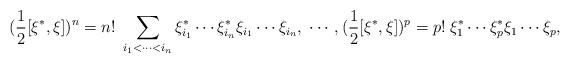
LaTeX: \begin{align*}(\frac 12[\xi ^{*},\xi ])^n=n!\;\sum_{i_1<\cdots <i_n}\xi _{i_1}^{*}\cdots\xi _{i_n}^{*}\xi _{i_1}\cdots \xi _{i_n},\;\cdots ,(\frac 12[\xi ^{*},\xi])^p=p!\;\xi _1^{*}\cdots \xi _p^{*}\xi _1\cdots \xi _p,\end{align*}